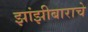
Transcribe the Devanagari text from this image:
झांझीबाराचे